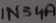
Text: 1N34A